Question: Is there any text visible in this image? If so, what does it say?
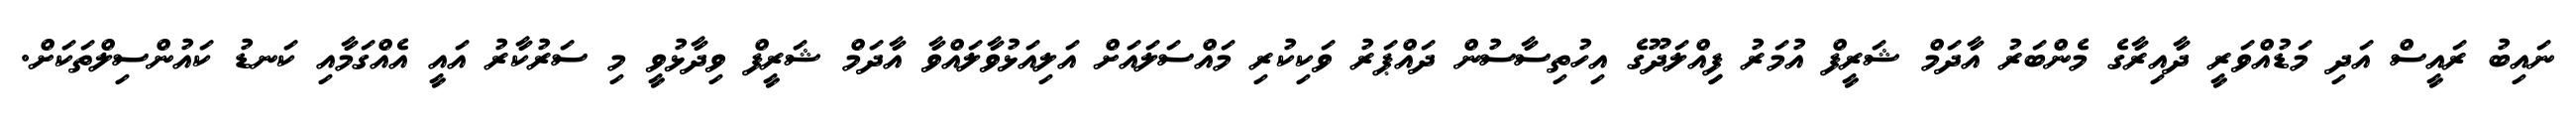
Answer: ނައިބު ރައީސް އަދި މަޑުއްވަރީ ދާއިރާގެ މެންބަރު އާދަމް ޝަރީފް އުމަރު ފިިއްލަދޫގެ އިހުތިސާސުން ދައްޕަރު ވަކިކުރި މައްސަލައަށް އަލިއަޅުވާލައްވާ އާދަމް ޝަރީފް ވިދާޅުވީ މި ސަރުކާރު އައީ އެއްގަމާއި ކަނޑު ކައުންސިލްތަކަށް.